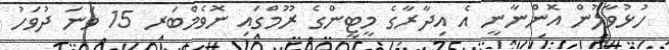
ހުޅުވާލުން އޮންނާނީ އެ އިދާރާގެ މީޓީންގެ ރޫމްގައި ނޮވެމްބަރ 15 ވަނަ ދުވަހު